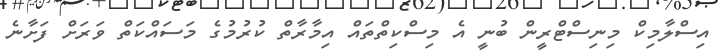
އިސްލާމިކް މިނިސްޓްރީން ބުނީ އެ މިސްކިތްތައް އިމާރާތް ކުރުމުގެ މަސައްކަތް ވަރަށް ފަށާނެ